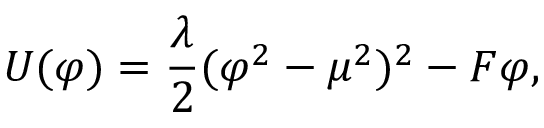
U ( \varphi ) = { \frac { \lambda } { 2 } } ( \varphi ^ { 2 } - \mu ^ { 2 } ) ^ { 2 } - F \varphi ,